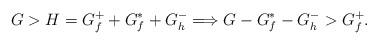
LaTeX: \begin{align*}G > H = G_f^+ + G_f^* + G_h^- \Longrightarrow G - G_f^* - G_h^- > G_f^+.\end{align*}